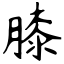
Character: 膝